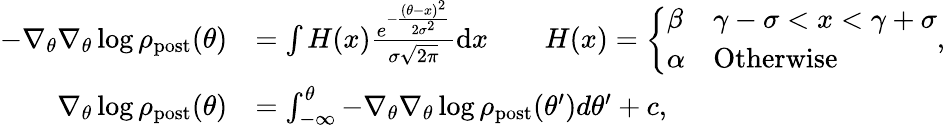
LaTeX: \begin{array}{rl}{-\nabla_{\theta}\nabla_{\theta}\log\rho_{\mathrm{post}}(\theta)}&{=\int H(x)\frac{e^{-\frac{(\theta-x)^{2}}{2\sigma^{2}}}}{\sigma\sqrt{2\pi}}\mathrm{d}x\qquad H(x)=\left\{ \begin{array}{ll}{\beta}&{\gamma-\sigma<x<\gamma+\sigma}\\ {\alpha}&{\textrm{Otherwise}}\end{array}\right.,}\\ {\nabla_{\theta}\log\rho_{\mathrm{post}}(\theta)}&{=\int_{-\infty}^{\theta}-\nabla_{\theta}\nabla_{\theta}\log\rho_{\mathrm{post}}(\theta^{\prime})d\theta^{\prime}+c,}\end{array}